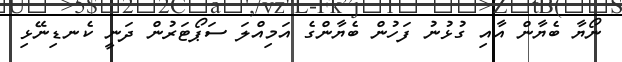
ނޯޔާ ބެޔާން އާއި ގުޅުނު ފަހުން ބެޔާންގެ އަމިއްލަ ސަޕޯޓަރުން ދަނީ ކެނޑިނޭޅި